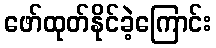
ဖော်ထုတ်နိုင်ခဲ့ကြောင်း